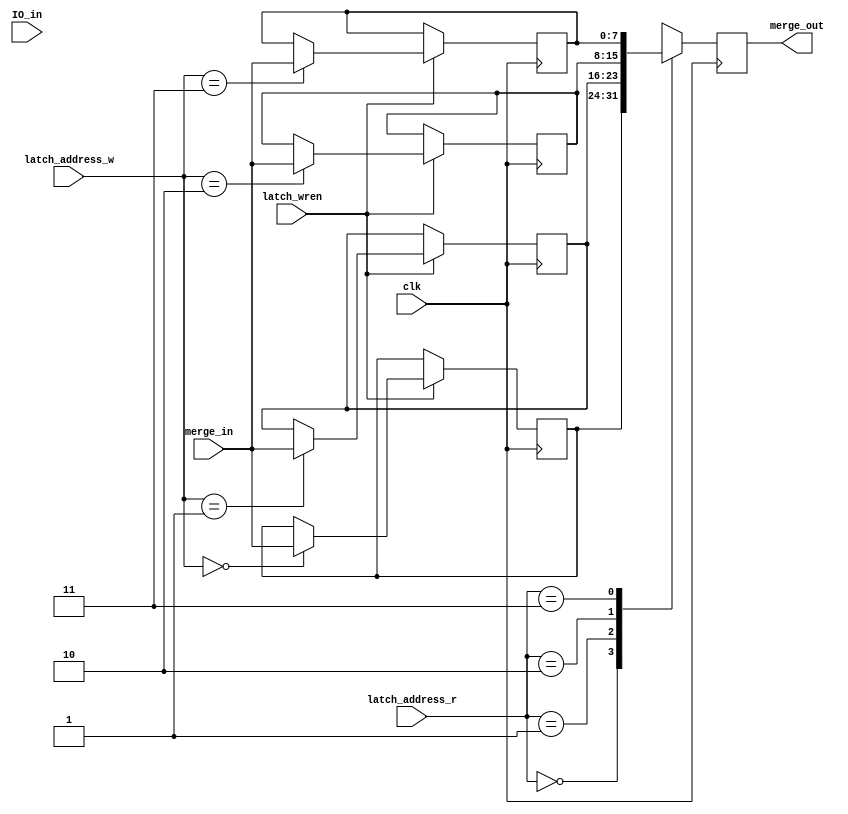
module IO_latch(input wire clk, latch_wren, input wire[1:0] latch_address_w, latch_address_r, input wire[7:0] merge_in, IO_in, output wire[7:0] merge_out);
reg[7:0] merge_out_reg;
reg[7:0] LBA_reg;
reg[7:0] RBA_reg;
reg[7:0] LBD_reg;
reg[7:0] RBD_reg;
always @(posedge clk)
begin
	if(latch_wren)
	begin
		case(latch_address_w)
		2'h0: LBA_reg <= merge_in;
		2'h1: RBA_reg <= merge_in;
		2'h2: LBD_reg <= merge_in;
		2'h3: RBD_reg <= merge_in;
		endcase
	end
	case(latch_address_r)
	2'h0: merge_out_reg <= LBA_reg;
	2'h1: merge_out_reg <= RBA_reg;
	2'h2: merge_out_reg <= LBD_reg;
	2'h3: merge_out_reg <= RBD_reg;
	endcase
end
assign merge_out = merge_out_reg;
endmodule